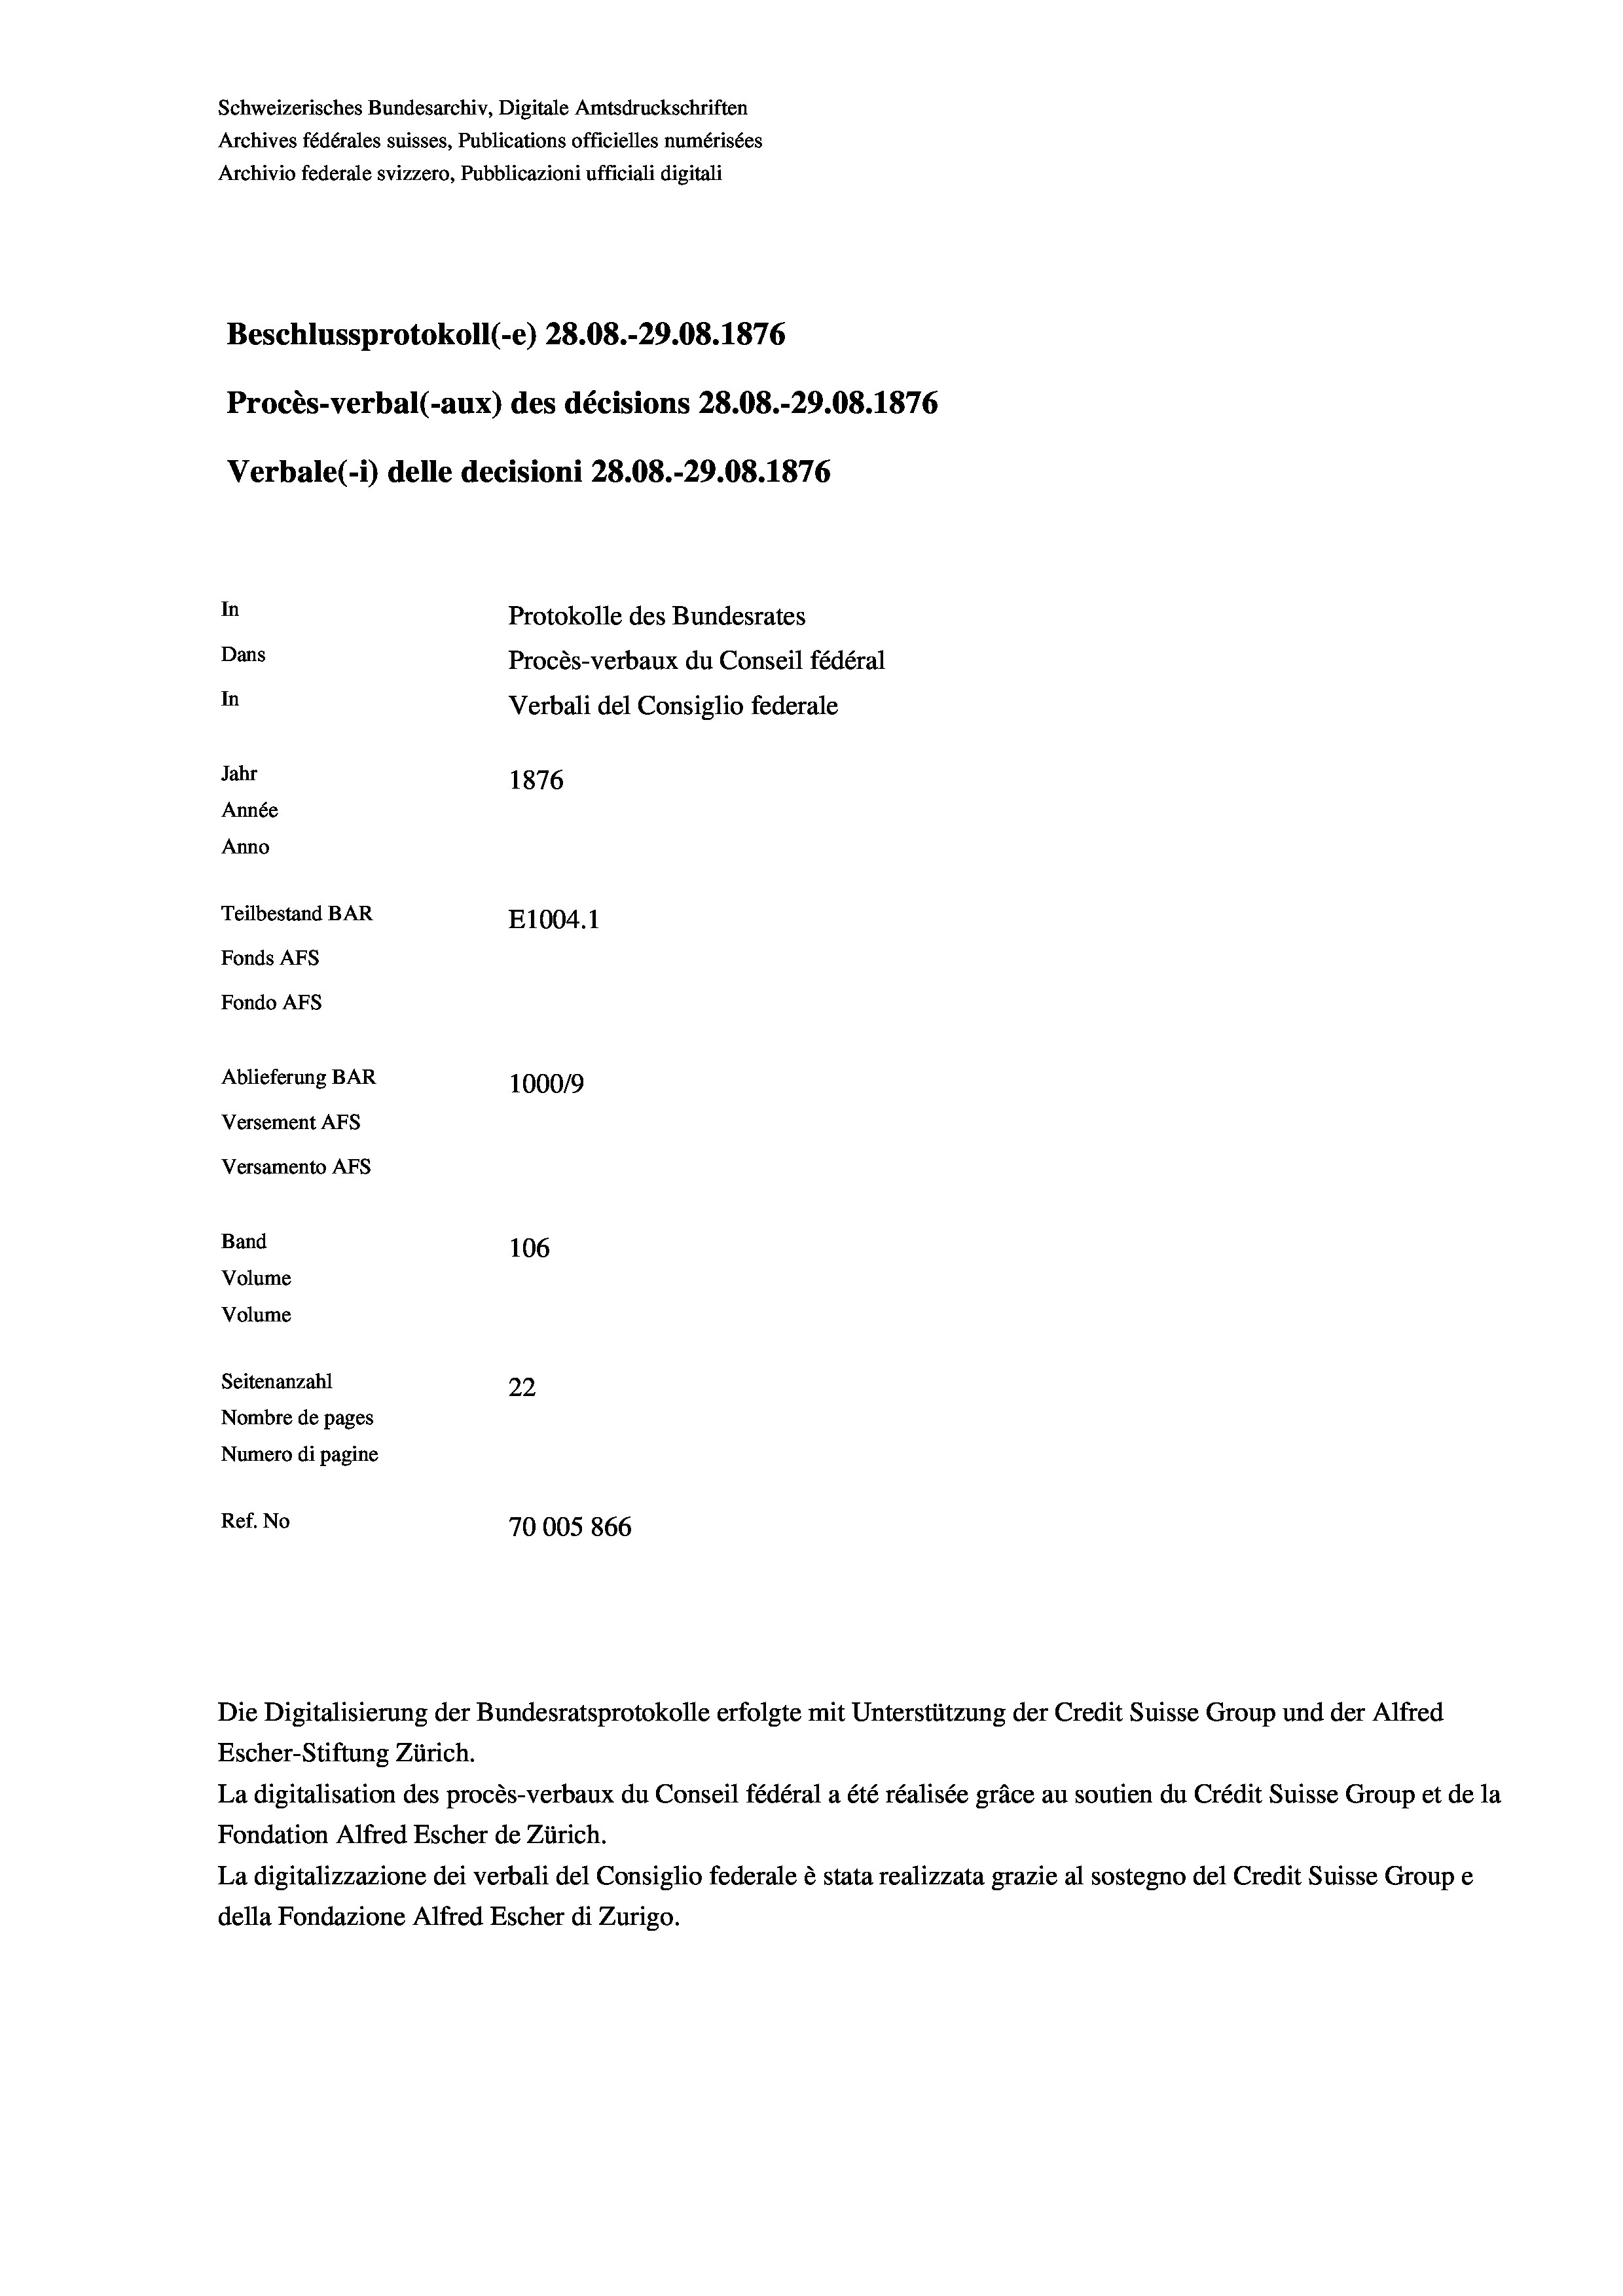
Schweizerisches Bundesarchiv, Digitale Amtsdruckschriften
Archives fédérales suisses, Publications officielles numérisées
Archivio federale svizzero, Pubblicazioni ufficiali digitali
Beschlussprotokoll (-e) 28.08.-29.08. 1876
Procès-verbal (-aux) des décisions 28.08.-29.08. 1876
Verbale (i) delle decisioni 28.08.-29.08. 1876
In
Protokolle des Bundesrates
Dans
Procès-verbaux du Conseil fédéral
In
Verbali del Consiglio federale
Jahr
1876
Année
Anno
Teilbestand BAR
E1004. 1
Fonds AFs
Fondo Afs
Ablieferung BAR
10009
Versement Ans
Versamento Afs
Band
106
Volume
Volume
Seitenanzahl
22
Nombre de pages
Numero di pagine
Ref. No
70005866

Escher-Stiftung Zürich.
La digitalisation des procès-verbaux du Conseil fédéral a été réalisée gräce au soutien du Crédit Suisse Group et de la
Fondation Alfred Escher de Zürich.
La digitalizzazione dei verbali del Consiglio federale è stata realizzata grazie al sostegno del Credit Suisse Groupe
della Fondazione Alfred Escher di Zurigo.

Die Digitalisierung der Bundesratsprotokolle erfolgte mit Unterstützung der Credit Suisse Group und der Alfred